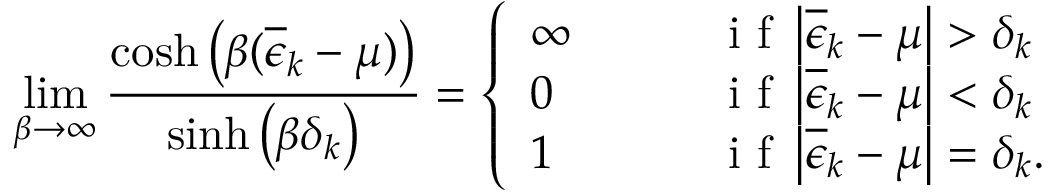
\operatorname* { l i m } _ { \beta \to \infty } \frac { \cosh \left( \beta ( \overline { { \epsilon } } _ { k } - \mu ) \right) } { \sinh \left( \beta \delta _ { k } \right) } = \left\{ \begin{array} { l l } { \infty \qquad } & { \mathrm { ~ i ~ f ~ } \left| \overline { { \epsilon } } _ { k } - \mu \right| > \delta _ { k } } \\ { 0 \qquad } & { \mathrm { ~ i ~ f ~ } \left| \overline { { \epsilon } } _ { k } - \mu \right| < \delta _ { k } } \\ { 1 \qquad } & { \mathrm { ~ i ~ f ~ } \left| \overline { { \epsilon } } _ { k } - \mu \right| = \delta _ { k } . } \end{array} \right.